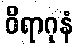
ဝိရာဂုနံ